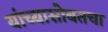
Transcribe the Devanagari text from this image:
यांच्यासोबतचा